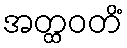
အတ္ထဝတိံ